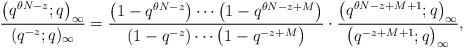
LaTeX: \begin{gather*}\frac{\big(q^{\theta N - z}; q\big)_{\infty}}{(q^{- z}; q)_{\infty}} = \frac{\big(1 - q^{\theta N - z}\big)\cdots \big(1 - q^{\theta N - z + M}\big)}{(1 - q^{- z})\cdots \big(1 - q^{- z + M}\big)}\cdot\frac{\big(q^{\theta N - z + M + 1}; q\big)_{\infty}}{\big(q^{- z + M + 1}; q\big)_{\infty}},\end{gather*}